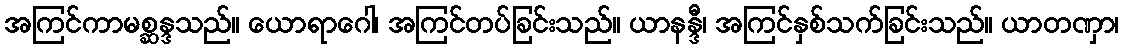
အကြင်ကာမစ္ဆန္ဒသည်။ ယောရာဂေါ၊ အကြင်တပ်ခြင်းသည်။ ယာနန္ဒီ၊ အကြင်နှစ်သက်ခြင်းသည်။ ယာတဏှာ၊